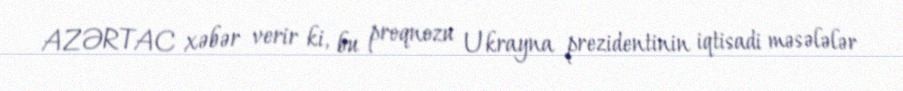
AZƏRTAC xəbər verir ki, bu proqnozu Ukrayna prezidentinin iqtisadi məsələlər